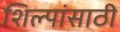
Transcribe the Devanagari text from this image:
शिल्पांसाठी